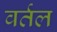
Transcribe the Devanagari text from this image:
वर्तल